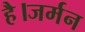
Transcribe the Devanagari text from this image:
है।जर्मन